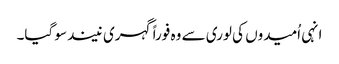
انہی اُمیدوں کی لوری سے وہ فوراً گہری نیند سو گیا۔